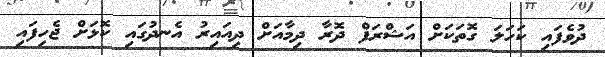
ދުވެފައި ކަހަލަ ގޮތަކަށް އަޝްރަފް ދޮރާ ދިމާއަށް ދިއައިރު އެނދުގައި ކޮޅަށް ޖެހިފައި